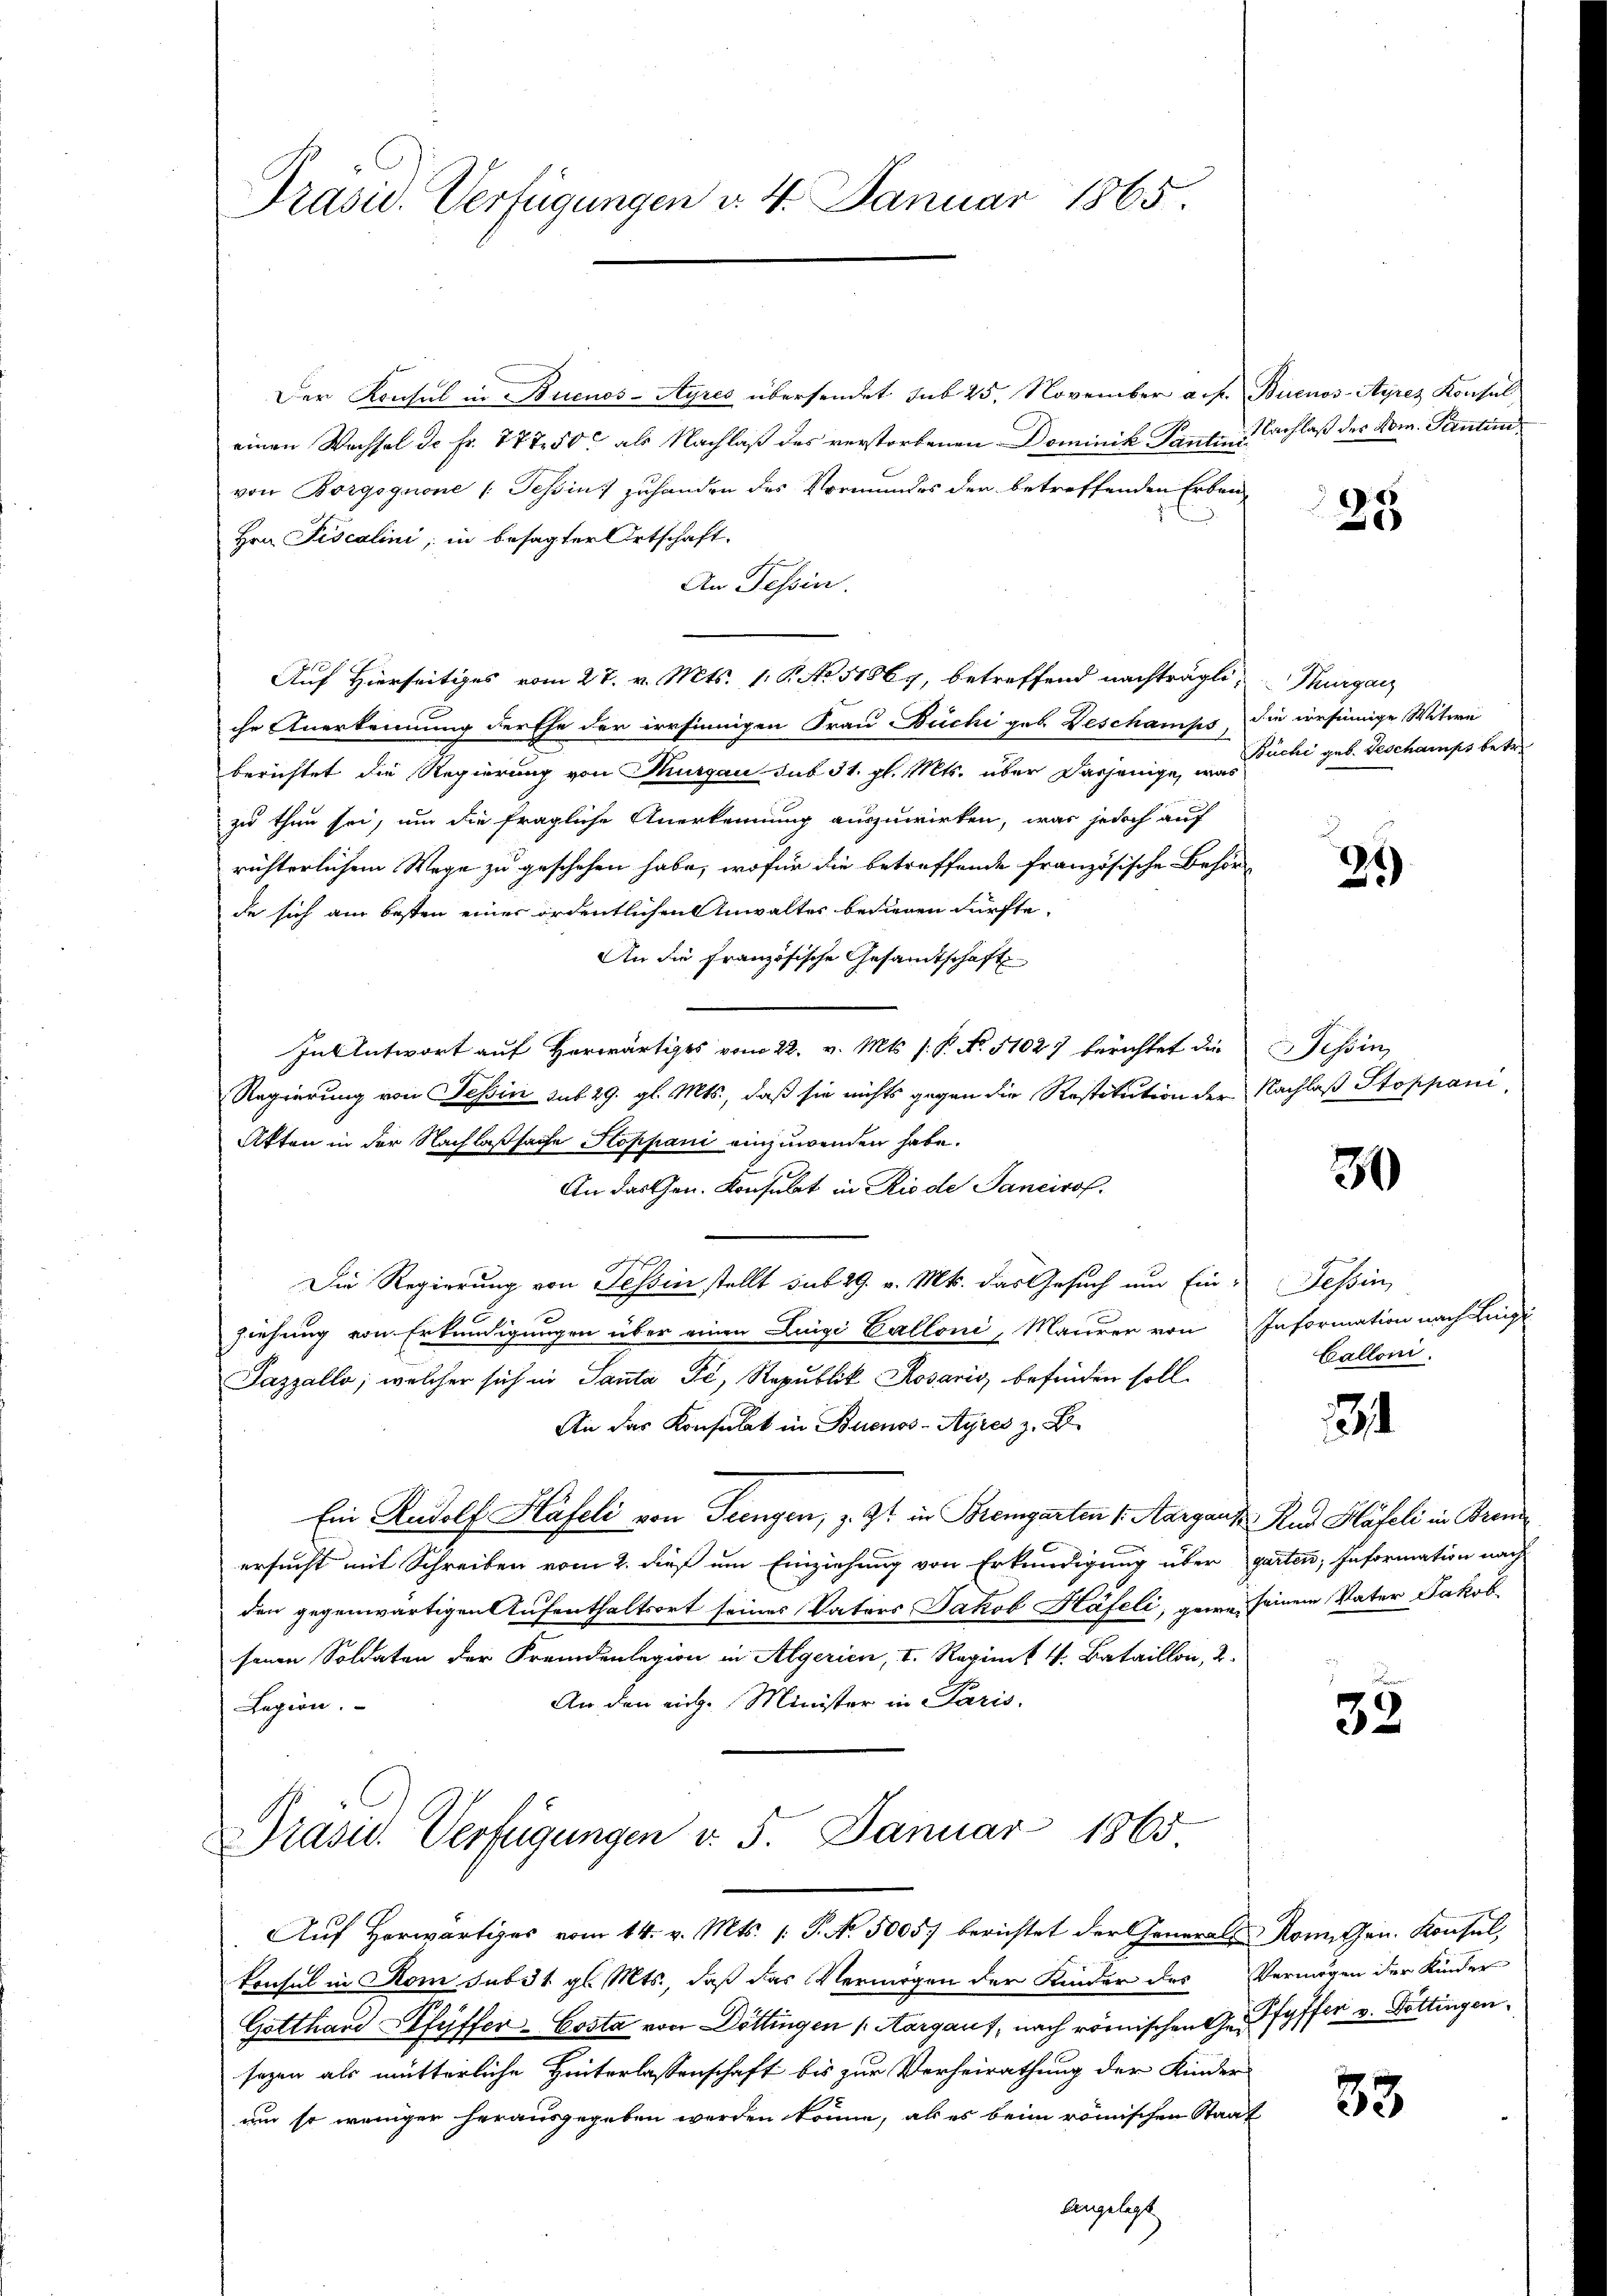
Präsid. Verfügungen d. 4. Januar 1865.

Der Konsul in Buenos-Ayres übersendet sub 25. November a. f. Buenos-Ayres Konsul
einen Wachsel de Fr. 777 50 als Nachlaß des verstorbenen Dominik Tanten
von Borgognone (Tessin zuhanden des Vormundes der betreffenden Erben-
Hrn. Fiscalini; in besagter Ortschaft.
An Tessin.
Auf Hierseitiges vom 27. v. Mts. 1. P. No 51061, betreffend nachträgli, Margar
chr Anerkennung der Ehe der irrsinnigen Frau Büchi geb. Beschamps, die versinnige Witwe
berichtet die Regierung von Thurgau sub 31. gl. Mts. über dasjenige, was
zu thun sei, um die fragliche Anerkennung auszuwirken, was jedoch auf
richterlichem Wege zu geschehen habe, wofür die betreffende Französische Behör-
de sich am besten einer ordentlichen Anwaltes bediegen dürfte,
An die Französische Gesamtschaft
Intentwort auf Horwärtiges vom 22. v. Mts. s. B. No. 51027 berichtet die
Regierung von Tessin sub 29. gl. Mts., daß sie nichts gegen die Restitution der Nachlaß Stoppani
Akten in der Nachlaßsache Stoppani einzuwenden habe.
An das Chrn. Konsulat in Rio de Sancirof.
Die Regierung von Tessin stellt sub 29. v. Mts. das Gesuch um Ein-Tessin,
ziehung von Erkundigungen über einen Luigi Valloni, Maurer von Information nach Lin-
Jazzalle; welcher sich in Santa Fe, Republik Rosario befinden soll.
An das Konsulat in Buenos-Ayres z. B.
Ein Rudolf Häfeli von Feingen, z. Zt. in Bremgarten v. Aargaus Rad Häfeli in Brem
ersucht mit Schreiben vom 2. dieß um Einziehung von Erkundigung über garten; Information nach
den gegenwärtigen Aufenthaltsort seines Vaters Jakob Häfeli, geweiseinem Vater Jakob
sonen Soldaten der Fremdenlegion in Algerien, I. Regimt v. Bataillon, 2.
An den ein. Minister in Paris
Legion.
Präsid. Verfügungen v. 5. Januar 1865

Auf Herwärtiges vom 14. v. Mts. 1. P. Nr. 5005. berichtet der Generals Komithen. Konsul,

konsul in Rom sub 31 gl. Mts., daß das Vermögen der Kinder des Vermögen der Kinder
Gotthard Pfyffer-Costa von Döttingen (Aargauf, nach römischen Gehoffer v. Döttingen.
sazen als mutterliche Hinterlassenschaft bis zur Verheirathung der Kinder
um so weniger herausgegeben werden könne, als es beim römischen Staat
langelegt

Nachlaß des Dom. Sentim

.
1

Büchi geb. Geschamps betr

25)

Tessin,

30

Calloni.

34

33

33